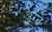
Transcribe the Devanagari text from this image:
अग्न